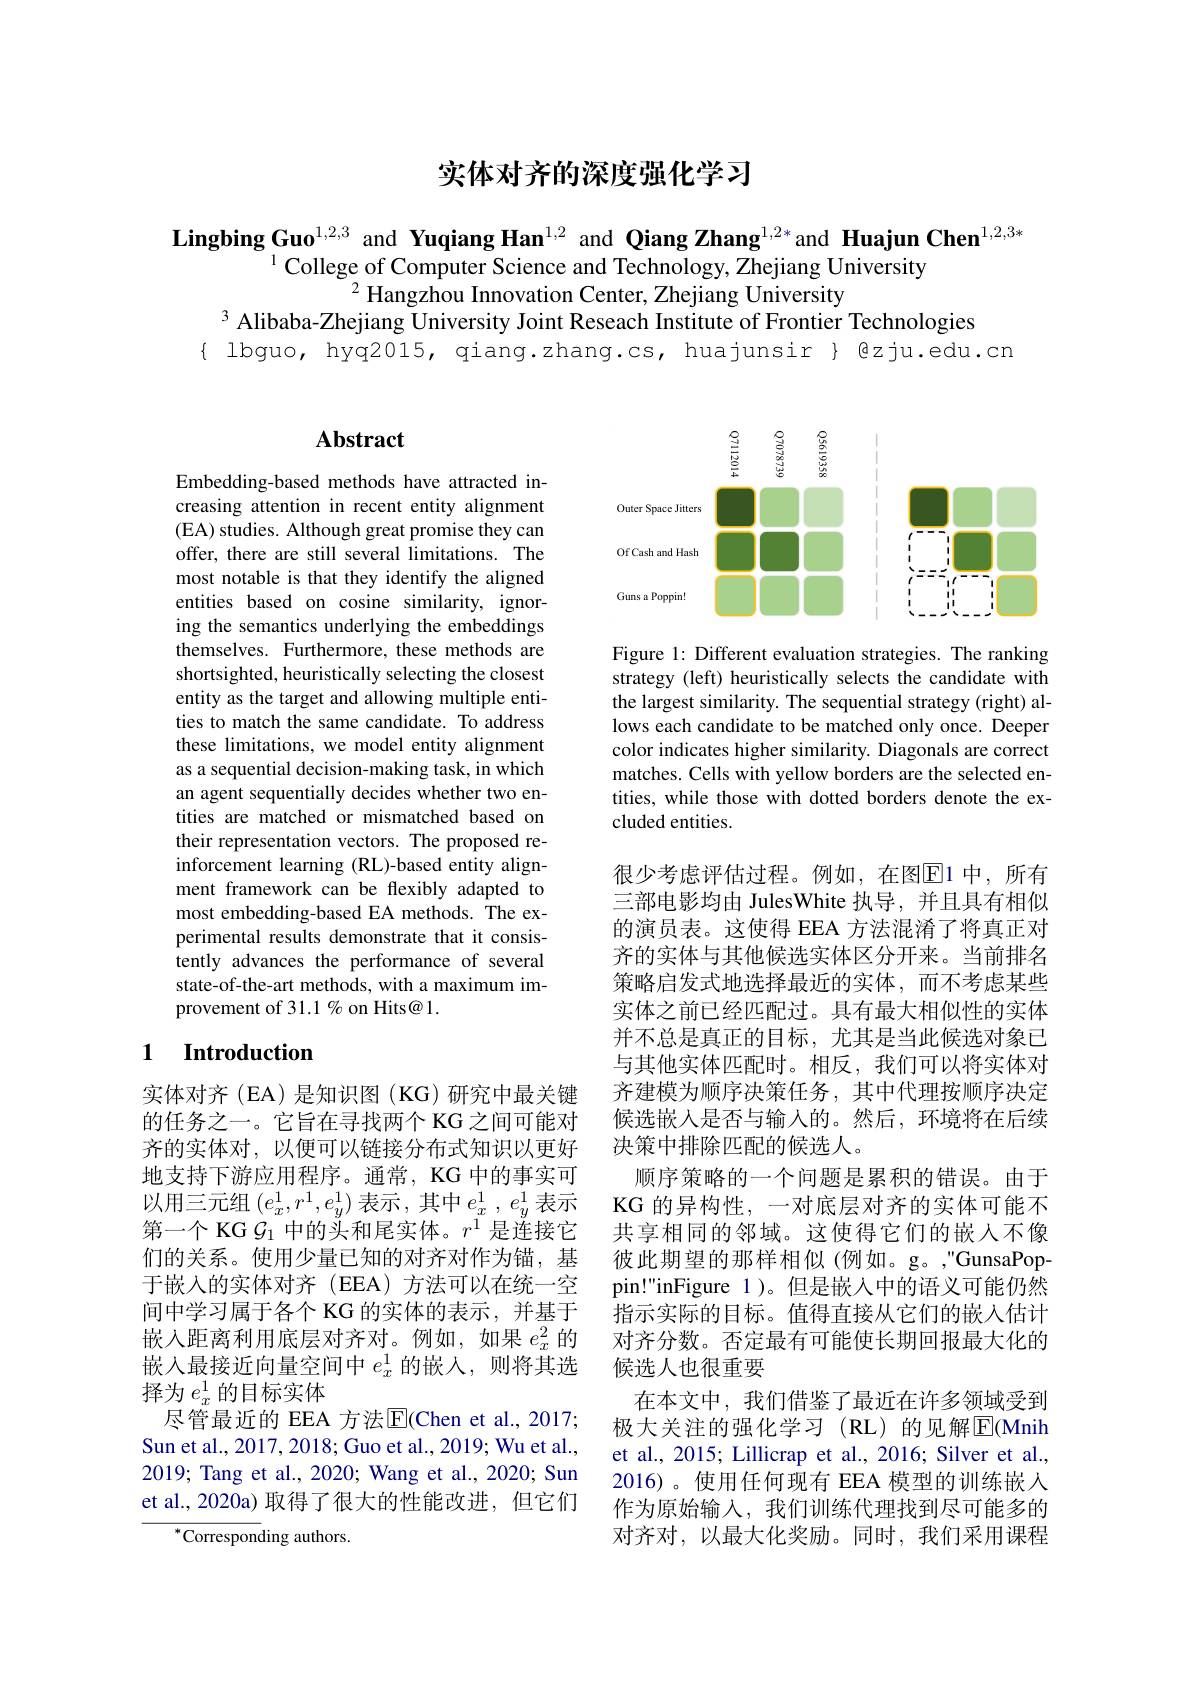
## 实体对齐的深度强化学习

$\textbf{Lingbing Guo}^{1,2,3}$ and Yuqiang Han$^{1,2}$ and Qiang Zhang$^{1,2*}$and Huajun Chen$^{1,2,3*}\overset{1}{\text{College of Computer Science and Technology,Zhejiang University}}$
$^{2}\ddot{\text{Hangzhou Innovation Center, Zhejiang University}}$
$^{3}$ Alibaba-Zhejiang University Joint Reseach Institute of Frontier Technologies

$\{ lbguo, hyq2015, qiang.zhang.cs, huajunsir $@zju.edu.cn$

# Abstract

Embedding-based methods have attracted increasing attention in recent entity alignment (EA) studies. Although great promise they can offer, there are still several limitations. The most notable is that they identify the aligned entities based on cosine similarity, ignoring the semantics underlying the embeddings themselves. Furthermore, these methods are shortsighted, heuristically selecting the closest entity as the target and allowing multiple entities to match the same candidate. To address these limitations, we model entity alignment as a sequential decision-making task, in which an agent sequentially decides whether two entities are matched or mismatched based on their representation vectors. The proposed reinforcement learning (RL)-based entity alignment framework can be flexibly adapted to most embedding-based EA methods. The experimental results demonstrate that it consistently advances the performance of several state-of-the-art methods, with a maximum improvement of 31.1 % on Hits@ 1.

### 1 $\textbf{Introduction}$

实体对齐(EA)是知识图(KG)研究中最关键的任务之一。它旨在寻找两个 KG 之间可能对齐的实体对，以便可以链接分布式知识以更好地支持下游应用程序。通常，KG 中的事实可以用三元组$(e_x^1,r^1,e_y^1)$表示，其中$e_x^1,e_y^1$表示第一个 KG $\mathcal{G}_1$中的头和尾实体。$r^1$是连接它们的关系。使用少量已知的对齐对作为锚，基于嵌人的实体对齐(EEA)方法可以在统一空间中学习属于各个 KG 的实体的表示 , 并基于嵌入距离利用底层对齐对。例如，如果$e_x^2$的嵌入最接近向量空间中$e_x^1$的嵌人，则将其选择为$e_x^1$的目标实体
尽管最近的 EEA 方法$\overline{\mathrm{E}}$(Chen et al.,2017; Sun et al., 2017, 2018; Guo et al., 2019; Wu et al., 2019; Tang et al., 2020; Wang et al., 2020; Sun et al., 2020a) 取得了很大的性能改进，但它们
$^{*}$Corresponding authors.

<FigureHere>

Figure 1: Different evaluation strategies. The ranking strategy (left) heuristically selects the candidate with the largest similarity. The sequential strategy (right) allows each candidate to be matched only once. Deeper color indicates higher similarity. Diagonals are correct matches. Cells with yellow borders are the selected entities, while those with dotted borders denote the excluded entities.

很少考虑评估过程。例如，在图$\overline{\mathrm{E}}$1 中，所有三部电影均由 JulesWhite 执导，并且具有相似的演员表。这使得 EEA 方法混淆了将真正对齐的实体与其他候选实体区分开来。当前排名策略启发式地选择最近的实体，而不考虑某些实体之前已经匹配过。具有最大相似性的实体并不总是真正的目标，尤其是当此候选对象已与其他实体匹配时。相反，我们可以将实体对齐建模为顺序决策任务，其中代理按顺序决定候选嵌入是否与输入的。然后，环境将在后续决策中排除匹配的候选人。
顺序策略的一个问题是累积的错误。由于KG 的异构性，一对底层对齐的实体可能不共享相同的邻域。这使得它们的嵌入不像彼此期望的那样相似(例如。g。"GunsaPoppin!"inFigure 1)。但是嵌入中的语义可能仍然指示实际的目标。值得直接从它们的嵌入估计对齐分数。否定最有可能使长期回报最大化的候选人也很重要
在本文中，我们借鉴了最近在许多领域受到极大关注的强化学习(RL)的见解$\overline{\mathrm{E}}$(Mnih et al., 2015; Lillicrap et al., 2016; Silver et al. 2016)。使用任何现有 EEA 模型的训练嵌人作为原始输入，我们训练代理找到尽可能多的对齐对，以最大化奖励。同时，我们采用课程